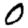
Digit: 0